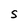
Character: S